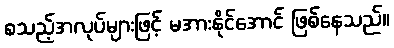
စသည့်အလုပ်များဖြင့် မအားနိုင်အောင် ဖြစ်နေသည်။